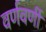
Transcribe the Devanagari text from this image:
वर्णवर्णी